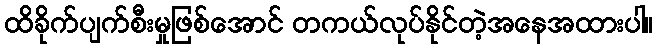
ထိခိုက်ပျက်စီးမှုဖြစ်အောင် တကယ်လုပ်နိုင်တဲ့အနေအထားပါ။